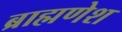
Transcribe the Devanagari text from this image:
ब्राह्मणेश